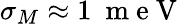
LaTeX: \sigma_{M}\approx 1~\mathrm{~m~e~V~}